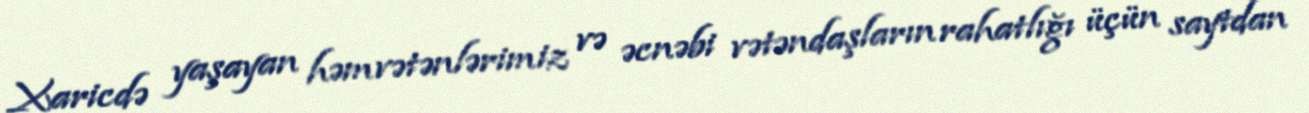
Xaricdə yaşayan həmvətənlərimiz və əcnəbi vətəndaşların rahatlığı üçün saytdan